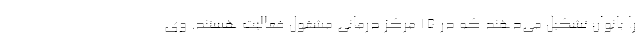
را بانوان تشکیل می‌دهند که در ۱۵ مرکز درمانی مشغول فعالیت هستند. وی